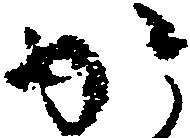
か